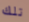
تلك